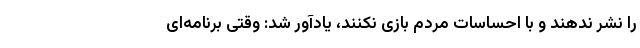
را نشر ندهند و با احساسات مردم بازی نکنند، یادآور شد: وقتی برنامه‌ای